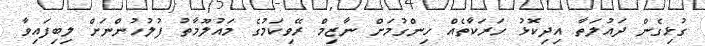
ގުޅިގެން ދައުލަތާ އިދިކޮޅު ހަރަކާތެއް ހިންގުމަށް ނާޒިމް ރޭވިކަމުގެ މައުލޫމާތު ފުލުހުންނަށް ލިބިފައިވާ